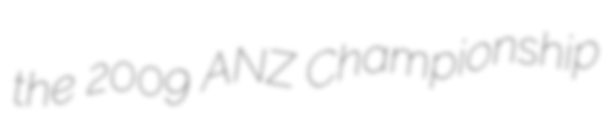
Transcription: the 2009 ANZ Championship